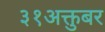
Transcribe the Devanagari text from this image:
३१अक्तुबर